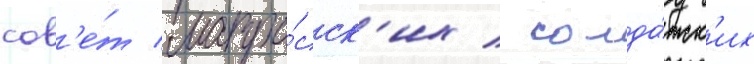
сов'е́т матро́сск'их / солда́тск'их